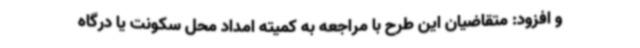
و افزود: متقاضیان این طرح با مراجعه به کمیته امداد محل سکونت یا درگاه